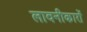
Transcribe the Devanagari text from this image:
लावनीकारों